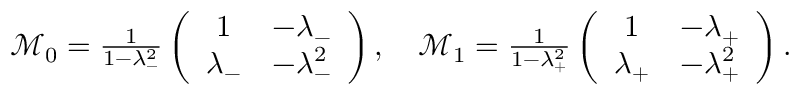
\begin{array} { r } { { \mathcal M } _ { 0 } = \frac { 1 } { 1 - \lambda _ { - } ^ { 2 } } \left( \begin{array} { c c } { 1 } & { - \lambda _ { - } } \\ { \lambda _ { - } } & { - \lambda _ { - } ^ { 2 } } \end{array} \right) , \quad { \mathcal M } _ { 1 } = \frac { 1 } { 1 - \lambda _ { + } ^ { 2 } } \left( \begin{array} { c c } { 1 } & { - \lambda _ { + } } \\ { \lambda _ { + } } & { - \lambda _ { + } ^ { 2 } } \end{array} \right) . } \end{array}